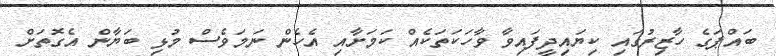
ބައްޕަގެ ހާޒިރުގައި ކިޔައިދީފައިވާ ވާހަކަތަކެއް ކަމަށާއި އެހެން ނަމަވެސް މުޅި ބަޔާން އެގޮތަށް